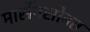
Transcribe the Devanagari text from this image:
मार्सेनसोबत